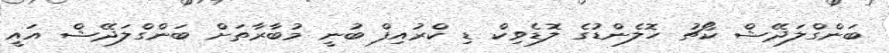
ބަންގްލަދޭޝް ކޯޗު ހޮލެންޑުގެ ލޮޑެވިކް ޑި ކްރުއިފް ބުނީ މުބާރާތަށް ބަންގްލަދޭޝް އައީ